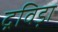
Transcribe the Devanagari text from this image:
द्रविड़ा